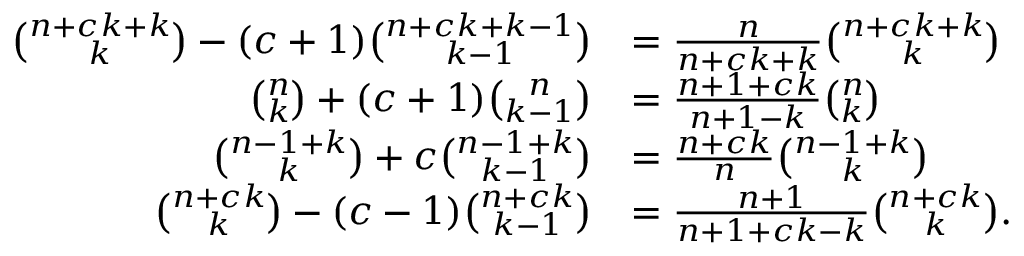
{ \begin{array} { r l } { { \binom { n + c k + k } { k } } - ( c + 1 ) { \binom { n + c k + k - 1 } { k - 1 } } } & { = { \frac { n } { n + c k + k } } { \binom { n + c k + k } { k } } } \\ { { \binom { n } { k } } + ( c + 1 ) { \binom { n } { k - 1 } } } & { = { \frac { n + 1 + c k } { n + 1 - k } } { \binom { n } { k } } } \\ { { \binom { n - 1 + k } { k } } + c { \binom { n - 1 + k } { k - 1 } } } & { = { \frac { n + c k } { n } } { \binom { n - 1 + k } { k } } } \\ { { \binom { n + c k } { k } } - ( c - 1 ) { \binom { n + c k } { k - 1 } } } & { = { \frac { n + 1 } { n + 1 + c k - k } } { \binom { n + c k } { k } } . } \end{array} }